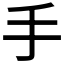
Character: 手